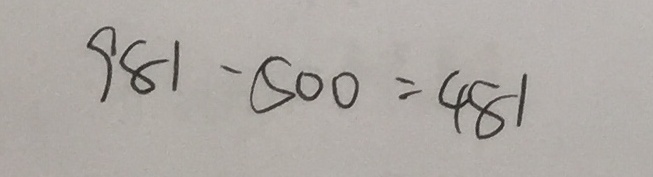
9 8 1 - 5 0 0 = 4 8 1